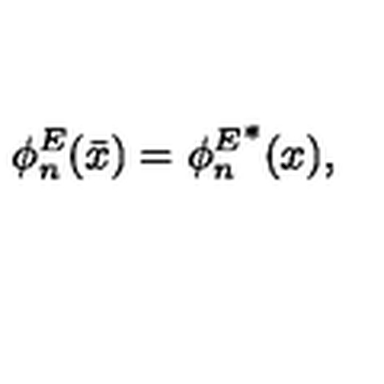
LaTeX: \phi _ { n } ^ { E } ( \bar { x } ) = { \phi _ { n } ^ { E } } ^ { * } ( x ) { , }